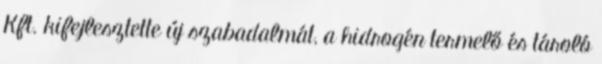
Kft. kifejlesztette új szabadalmát, a hidrogén termelő és tároló